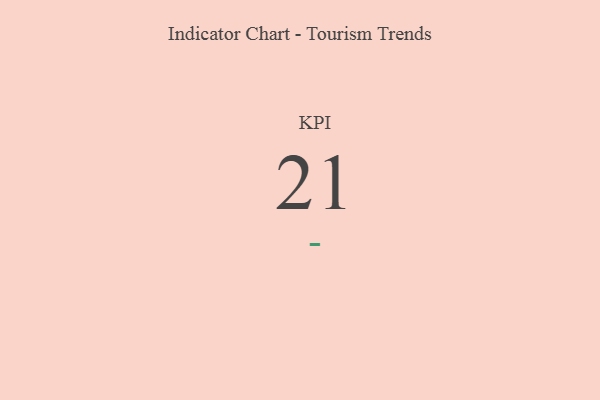
{"axis": {"x": "KPI", "y": "Value"}, "legend": [""], "data": [{"x": "KPI", "y": 21, "type": ""}]}